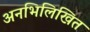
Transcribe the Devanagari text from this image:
अनभिलिखित